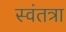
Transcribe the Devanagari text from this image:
स्वंतत्रा